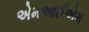
એમઆઈએમ